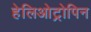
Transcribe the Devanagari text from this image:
हेलिओट्रोपिन